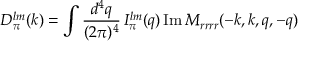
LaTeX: D _ { \pi } ^ { l m } ( k ) = \int { \frac { d ^ { 4 } q } { ( 2 \pi ) ^ { 4 } } } \, I _ { \pi } ^ { l m } ( q ) \, \mathrm { I m \, } M _ { r r r r } ( - k , k , q , - q )